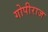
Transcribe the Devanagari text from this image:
गोपीराज